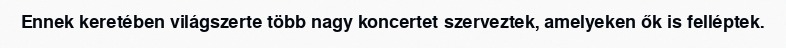
Ennek keretében világszerte több nagy koncertet szerveztek, amelyeken ők is felléptek.